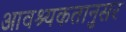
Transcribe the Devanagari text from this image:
आवश्यकतानुसर